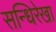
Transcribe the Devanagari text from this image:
सन्धिरेखा